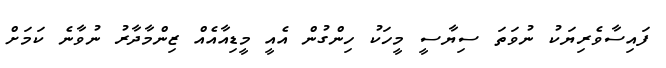
ފައިސާވެރިޔަކު ނުވަތަ ސިޔާސީ މީހަކު ހިންގުން އެއީ މީޑިއާއެއް ޒިންމާދާރު ނުވާނެ ކަމަށް